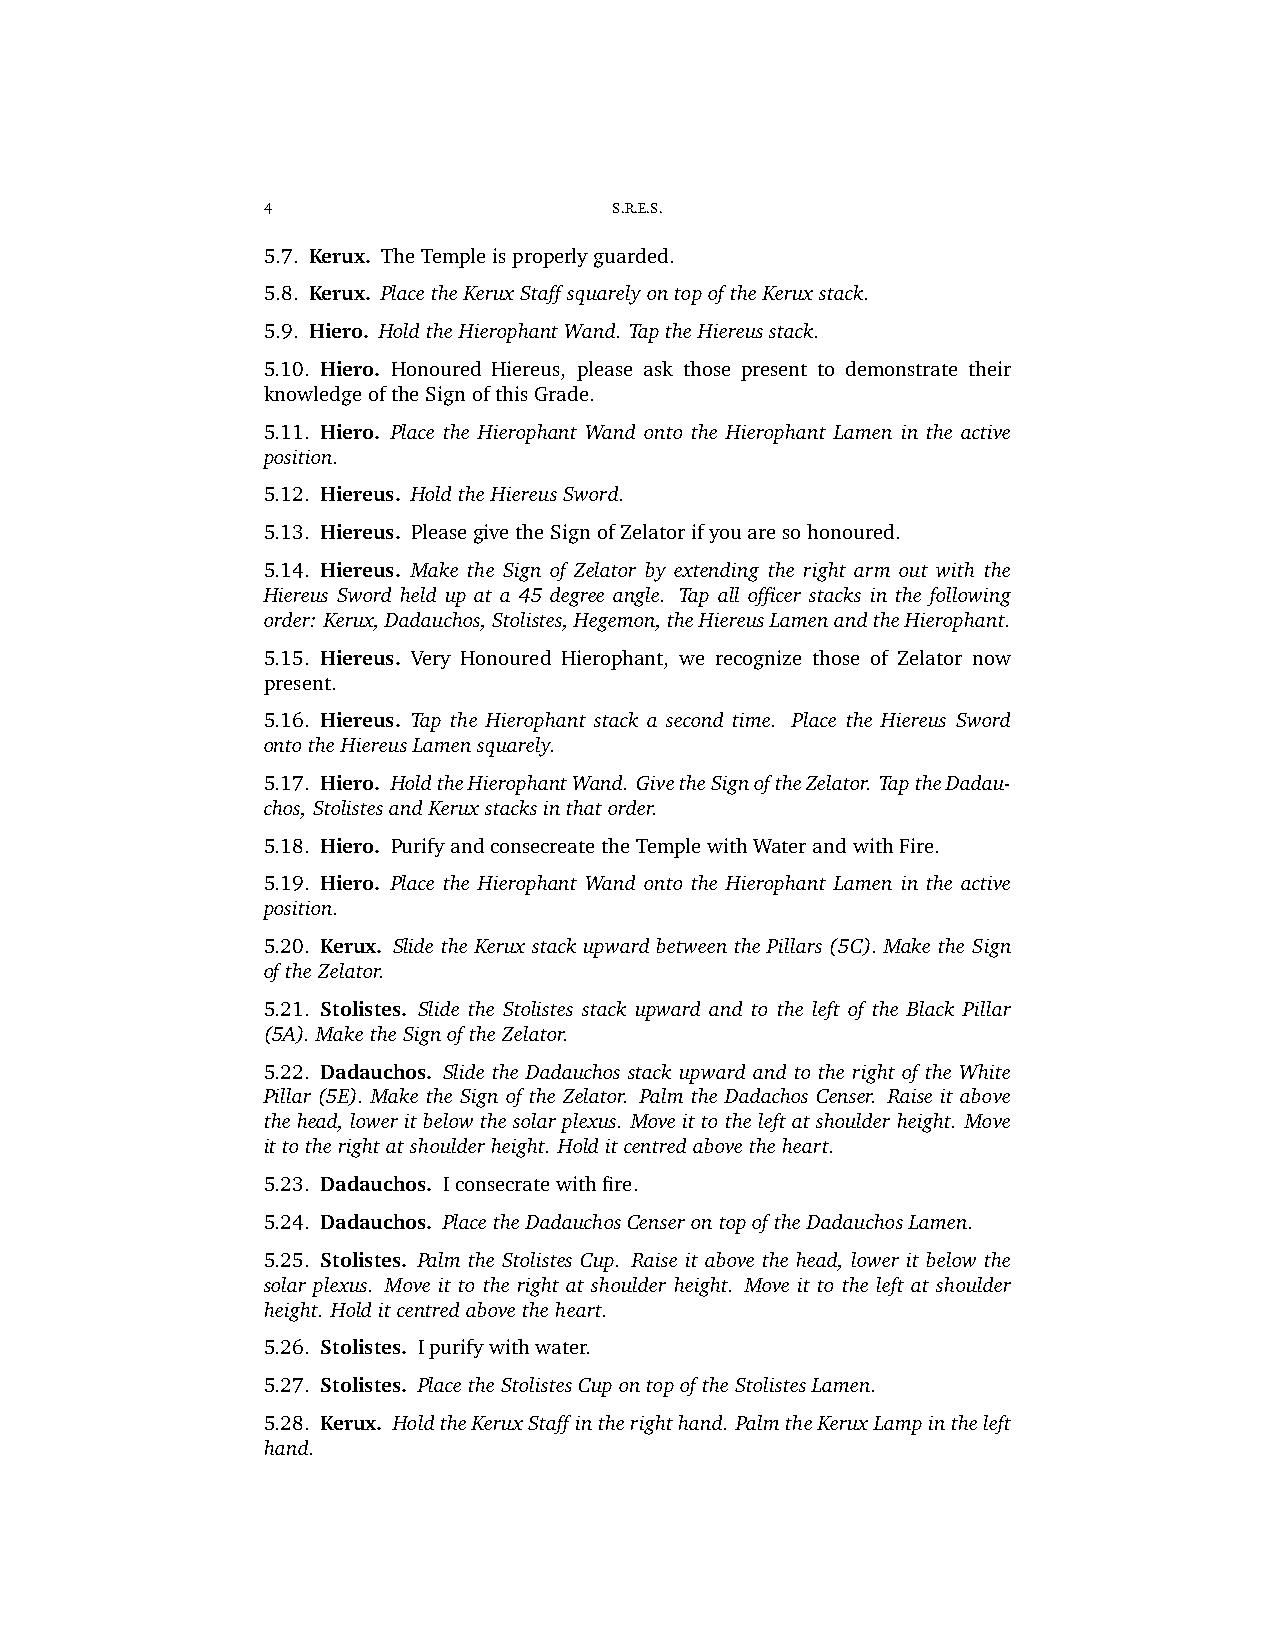
4                       S.R.E.S.
 5.7. Kerux. TheTempleisproperlyguarded.
 5.8. Kerux. PlacetheKeruxStaffsquarelyontopoftheKeruxstack.
 5.9. Hiero. HoldtheHierophantWand. TaptheHiereusstack.
 5.10. Hiero. Honoured Hiereus, please ask those present to demonstrate their
 knowledgeoftheSignofthisGrade.
 5.11. Hiero. Place the Hierophant Wand onto the Hierophant Lamen in the active
 position.
 5.12. Hiereus. HoldtheHiereusSword.
 5.13. Hiereus. PleasegivetheSignofZelatorifyouaresohonoured.
 5.14. Hiereus. Make the Sign of Zelator by extending the right arm out with the
 Hiereus Sword held up at a 45 degree angle. Tap all officer stacks in the following
 order: Kerux,Dadauchos,Stolistes,Hegemon,theHiereusLamenandtheHierophant.
 5.15. Hiereus. Very Honoured Hierophant, we recognize those of Zelator now
 present.
 5.16. Hiereus. Tap the Hierophant stack a second time. Place the Hiereus Sword
 ontotheHiereusLamensquarely.
 5.17. Hiero. HoldtheHierophantWand. GivetheSignoftheZelator. TaptheDadau-
 chos,StolistesandKeruxstacksinthatorder.
 5.18. Hiero. PurifyandconsecreatetheTemplewithWaterandwithFire.
 5.19. Hiero. Place the Hierophant Wand onto the Hierophant Lamen in the active
 position.
 5.20. Kerux. Slide the Kerux stack upward between the Pillars (5C). Make the Sign
 oftheZelator.
 5.21. Stolistes. Slide the Stolistes stack upward and to the left of the Black Pillar
 (5A).MaketheSignoftheZelator.
 5.22. Dadauchos. Slide the Dadauchos stack upward and to the right of the White
 Pillar (5E). Make the Sign of the Zelator. Palm the Dadachos Censer. Raise it above
 thehead,loweritbelowthesolarplexus. Moveittotheleftatshoulderheight. Move
 ittotherightatshoulderheight. Holditcentredabovetheheart.
 5.23. Dadauchos. Iconsecratewithfire.
 5.24. Dadauchos. PlacetheDadauchosCenserontopoftheDadauchosLamen.
 5.25. Stolistes. Palm the Stolistes Cup. Raise it above the head, lower it below the
 solar plexus. Move it to the right at shoulder height. Move it to the left at shoulder
 height. Holditcentredabovetheheart.
 5.26. Stolistes. Ipurifywithwater.
 5.27. Stolistes. PlacetheStolistesCupontopoftheStolistesLamen.
 5.28. Kerux. HoldtheKeruxStaffintherighthand. PalmtheKeruxLampintheleft
 hand.